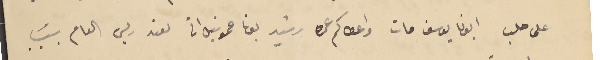
على حلب ابونا يوسف مات واعطاكم عمره رشيد عمونيل اتى لعند ريس العام بسَبب